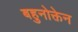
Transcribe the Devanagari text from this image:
बहुनोक्तेन